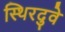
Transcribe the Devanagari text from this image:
स्थिरदुवे